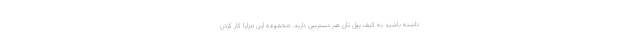
داشته باشید به کیف پول تان هم دسترسی دارید. مجموعه این مزایا کار کردن